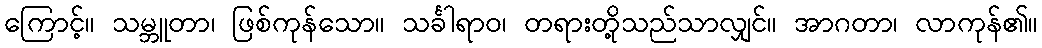
ကြောင့်။ သမ္ဘူတာ၊ ဖြစ်ကုန်သော။ သင်္ခါရာဝ၊ တရားတို့သည်သာလျှင်။ အာဂတာ၊ လာကုန်၏။